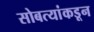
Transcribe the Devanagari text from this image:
सोबत्यांकडून